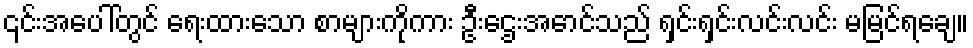
၎င်းအပေါ်တွင် ရေးထားသော စာများကိုကား ဦးဌေးအောင်သည် ရှင်းရှင်းလင်းလင်း မမြင်ရချေ။